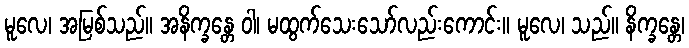
မူလေ၊ အမြစ်သည်။ အနိက္ခန္တေ ဝါ၊ မထွက်သေးသော်လည်းကောင်း။ မူလေ၊ သည်။ နိက္ခန္တေ၊